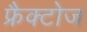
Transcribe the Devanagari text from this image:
फ्रैक्टोज